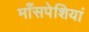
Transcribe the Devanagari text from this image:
माँसपेशियां